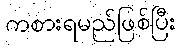
ကစားရမည်ဖြစ်ပြီး